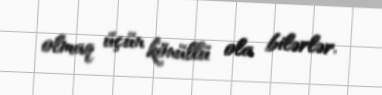
olmaq üçün könüllü ola bilərlər.